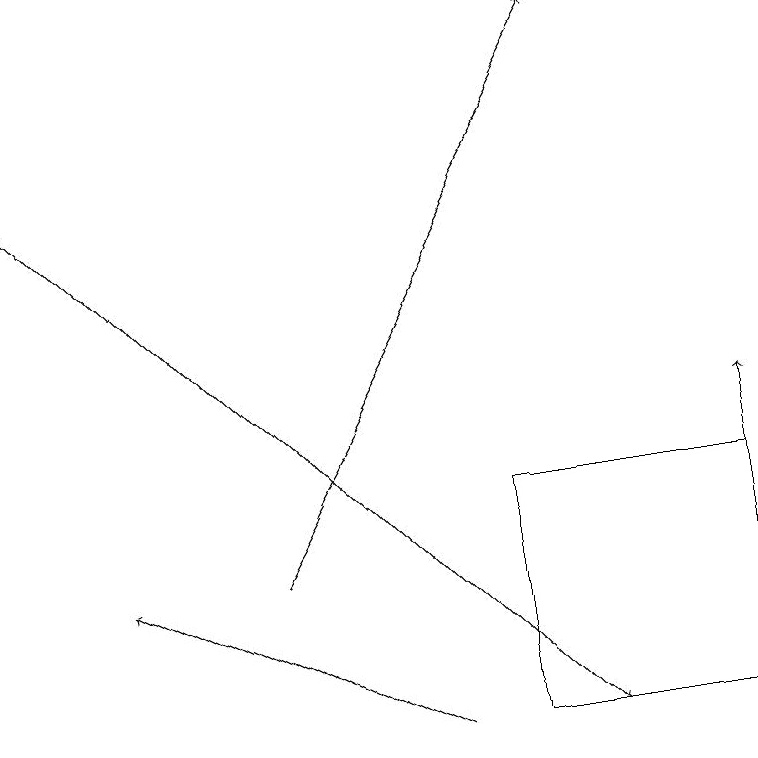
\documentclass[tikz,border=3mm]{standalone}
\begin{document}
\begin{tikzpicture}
\draw[->] (5,10) -- (1,12);
\draw (6,10) rectangle (9,13);
\draw[->] (0,17) -- (7,10);
\draw[->] (9,11) -- (9,14);
\draw[->] (3,12) -- (7,19);
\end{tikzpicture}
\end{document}